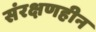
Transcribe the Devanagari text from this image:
संरक्षणहीन